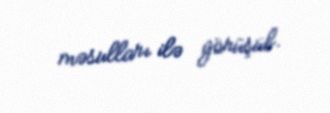
məsulları ilə görüşüb.